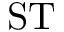
\mathrm { S T }